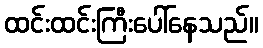
ထင်းထင်းကြီးပေါ်နေသည်။